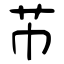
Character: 芇